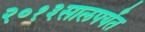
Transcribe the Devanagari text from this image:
२०१३सालपर्यंत